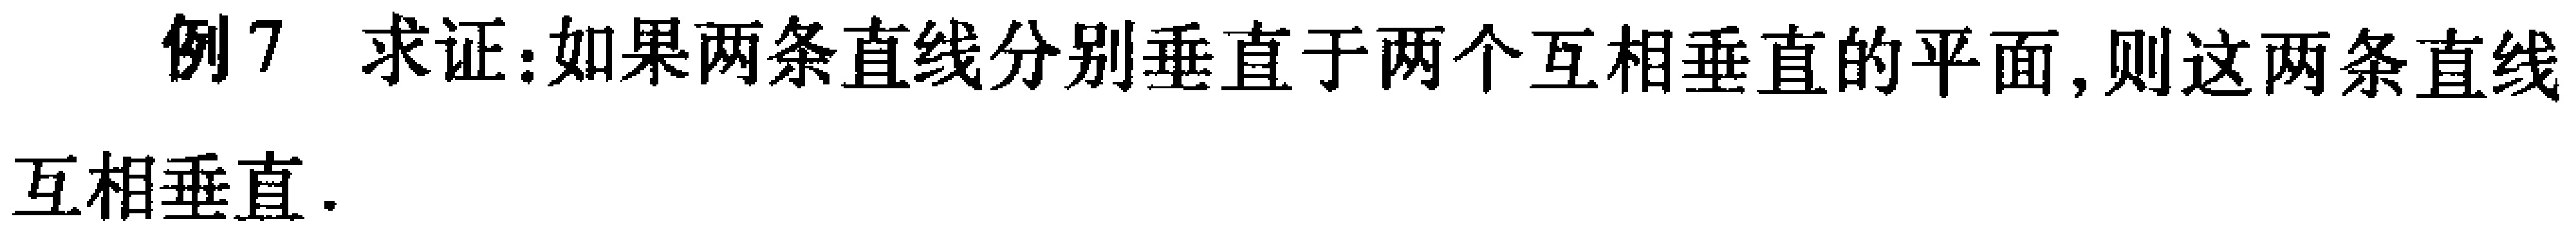
例7 求证：如果两条直线分别垂直于两个互相垂直的平面，则这两条直线互相垂直.